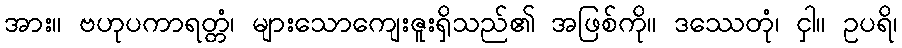
အား။ ဗဟုပကာရတ္တံ၊ များသောကျေးဇူးရှိသည်၏ အဖြစ်ကို။ ဒဿေတုံ၊ ငှါ။ ဥပရိ၊